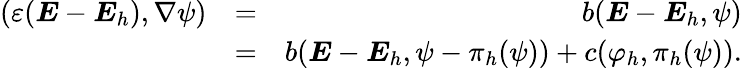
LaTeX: \begin{array}{rlr}{(\varepsilon({\boldsymbol{E}}-{\boldsymbol{E}}_{h}),\nabla\psi)}&{=}&{b({\boldsymbol{E}}-{\boldsymbol{E}}_{h},\psi)}\\ &{=}&{b({\boldsymbol{E}}-{\boldsymbol{E}}_{h},\psi-\pi_{h}(\psi))+c(\varphi_{h},\pi_{h}(\psi)).}\end{array}